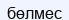
бөлмес